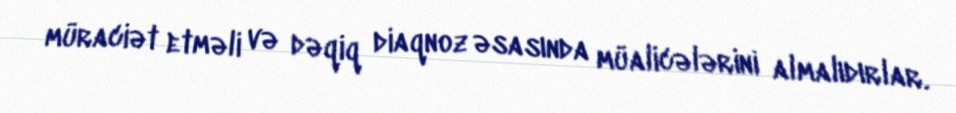
müraciət etməli və dəqiq diaqnoz əsasında müalicələrini almalıdırlar.